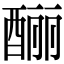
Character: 酾